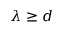
\lambda \geq d